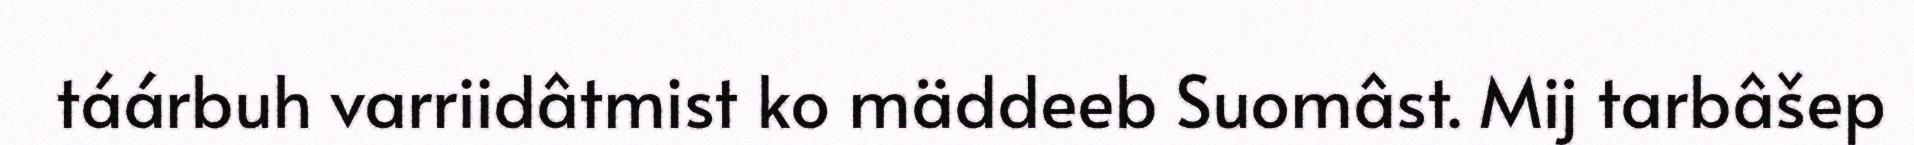
táárbuh varriidâtmist ko mäddeeb Suomâst. Mij tarbâšep